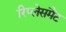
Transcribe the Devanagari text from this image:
रिप्लेसमैंट